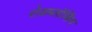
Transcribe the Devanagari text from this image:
रोडब्लॉकिंग